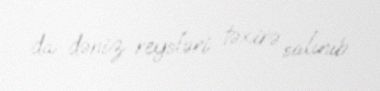
da dəniz reysləri təxirə salınıb.